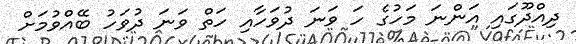
ދިއްދޫގައި އަންނަ މަހުގެ ހަ ވަނަ ދުވަހާއި ހަތް ވަނަ ދުވަހު ބޭއްވުމަށް